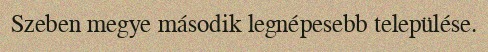
Szeben megye második legnépesebb települése.